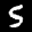
Label: 5